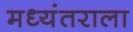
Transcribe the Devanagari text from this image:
मध्यंतराला